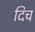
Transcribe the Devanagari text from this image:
दिच